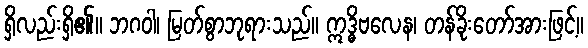
ရှိလည်းရှိ၏။ ဘဂဝါ၊ မြတ်စွာဘုရားသည်။ ဣဒ္ဓိဗလေန၊ တန်ခိုးတော်အားဖြင့်။